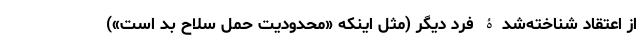
از اعتقاد شناخته‌شدۀ فرد دیگر (مثل اینکه «محدودیت حمل سلاح بد است»)